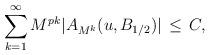
LaTeX: \begin{align*}\sum_{k=1}^\infty M^{pk}|A_{M^k}(u,B_{1/2})|\,\leq\,C,\end{align*}